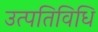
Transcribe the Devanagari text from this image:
उत्पतिविधि